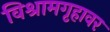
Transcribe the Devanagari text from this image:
विश्रामगृहावर